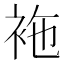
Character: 袘